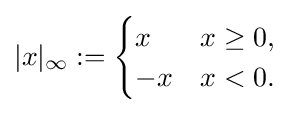
|x|_{\infty }:={\begin{cases}x&x\geq 0,\\-x&x<0.\end{cases}}